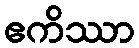
ဧကိဿာ